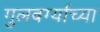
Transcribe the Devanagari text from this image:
गुलबर्ग्याच्या